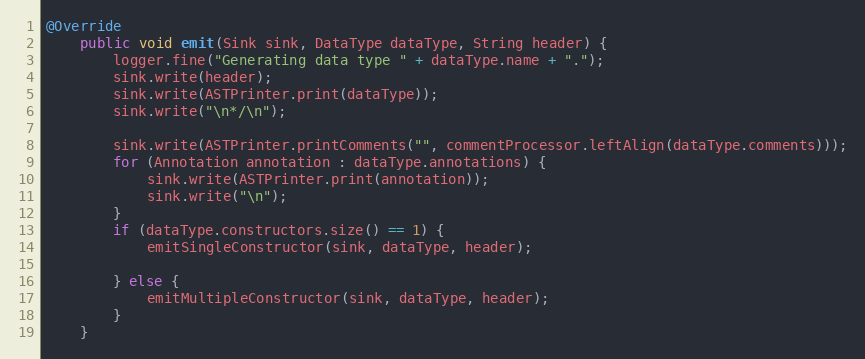
Language: Java
@Override
    public void emit(Sink sink, DataType dataType, String header) {
    	logger.fine("Generating data type " + dataType.name + ".");
        sink.write(header);
        sink.write(ASTPrinter.print(dataType));
        sink.write("\n*/\n");

        sink.write(ASTPrinter.printComments("", commentProcessor.leftAlign(dataType.comments)));
        for (Annotation annotation : dataType.annotations) {
            sink.write(ASTPrinter.print(annotation));
            sink.write("\n");
        }
        if (dataType.constructors.size() == 1) {
            emitSingleConstructor(sink, dataType, header);

        } else {
            emitMultipleConstructor(sink, dataType, header);
        }
    }